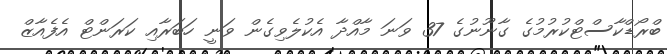
ބްރޯޑްކާސްޓްކުރުމުގެ ގާނޫނުގެ 37 ވަނަ މާއްދާ އެކުލެވިގެން ވަނީ ހަބަރާއި ކަރަންޓް އެފެއާޒް